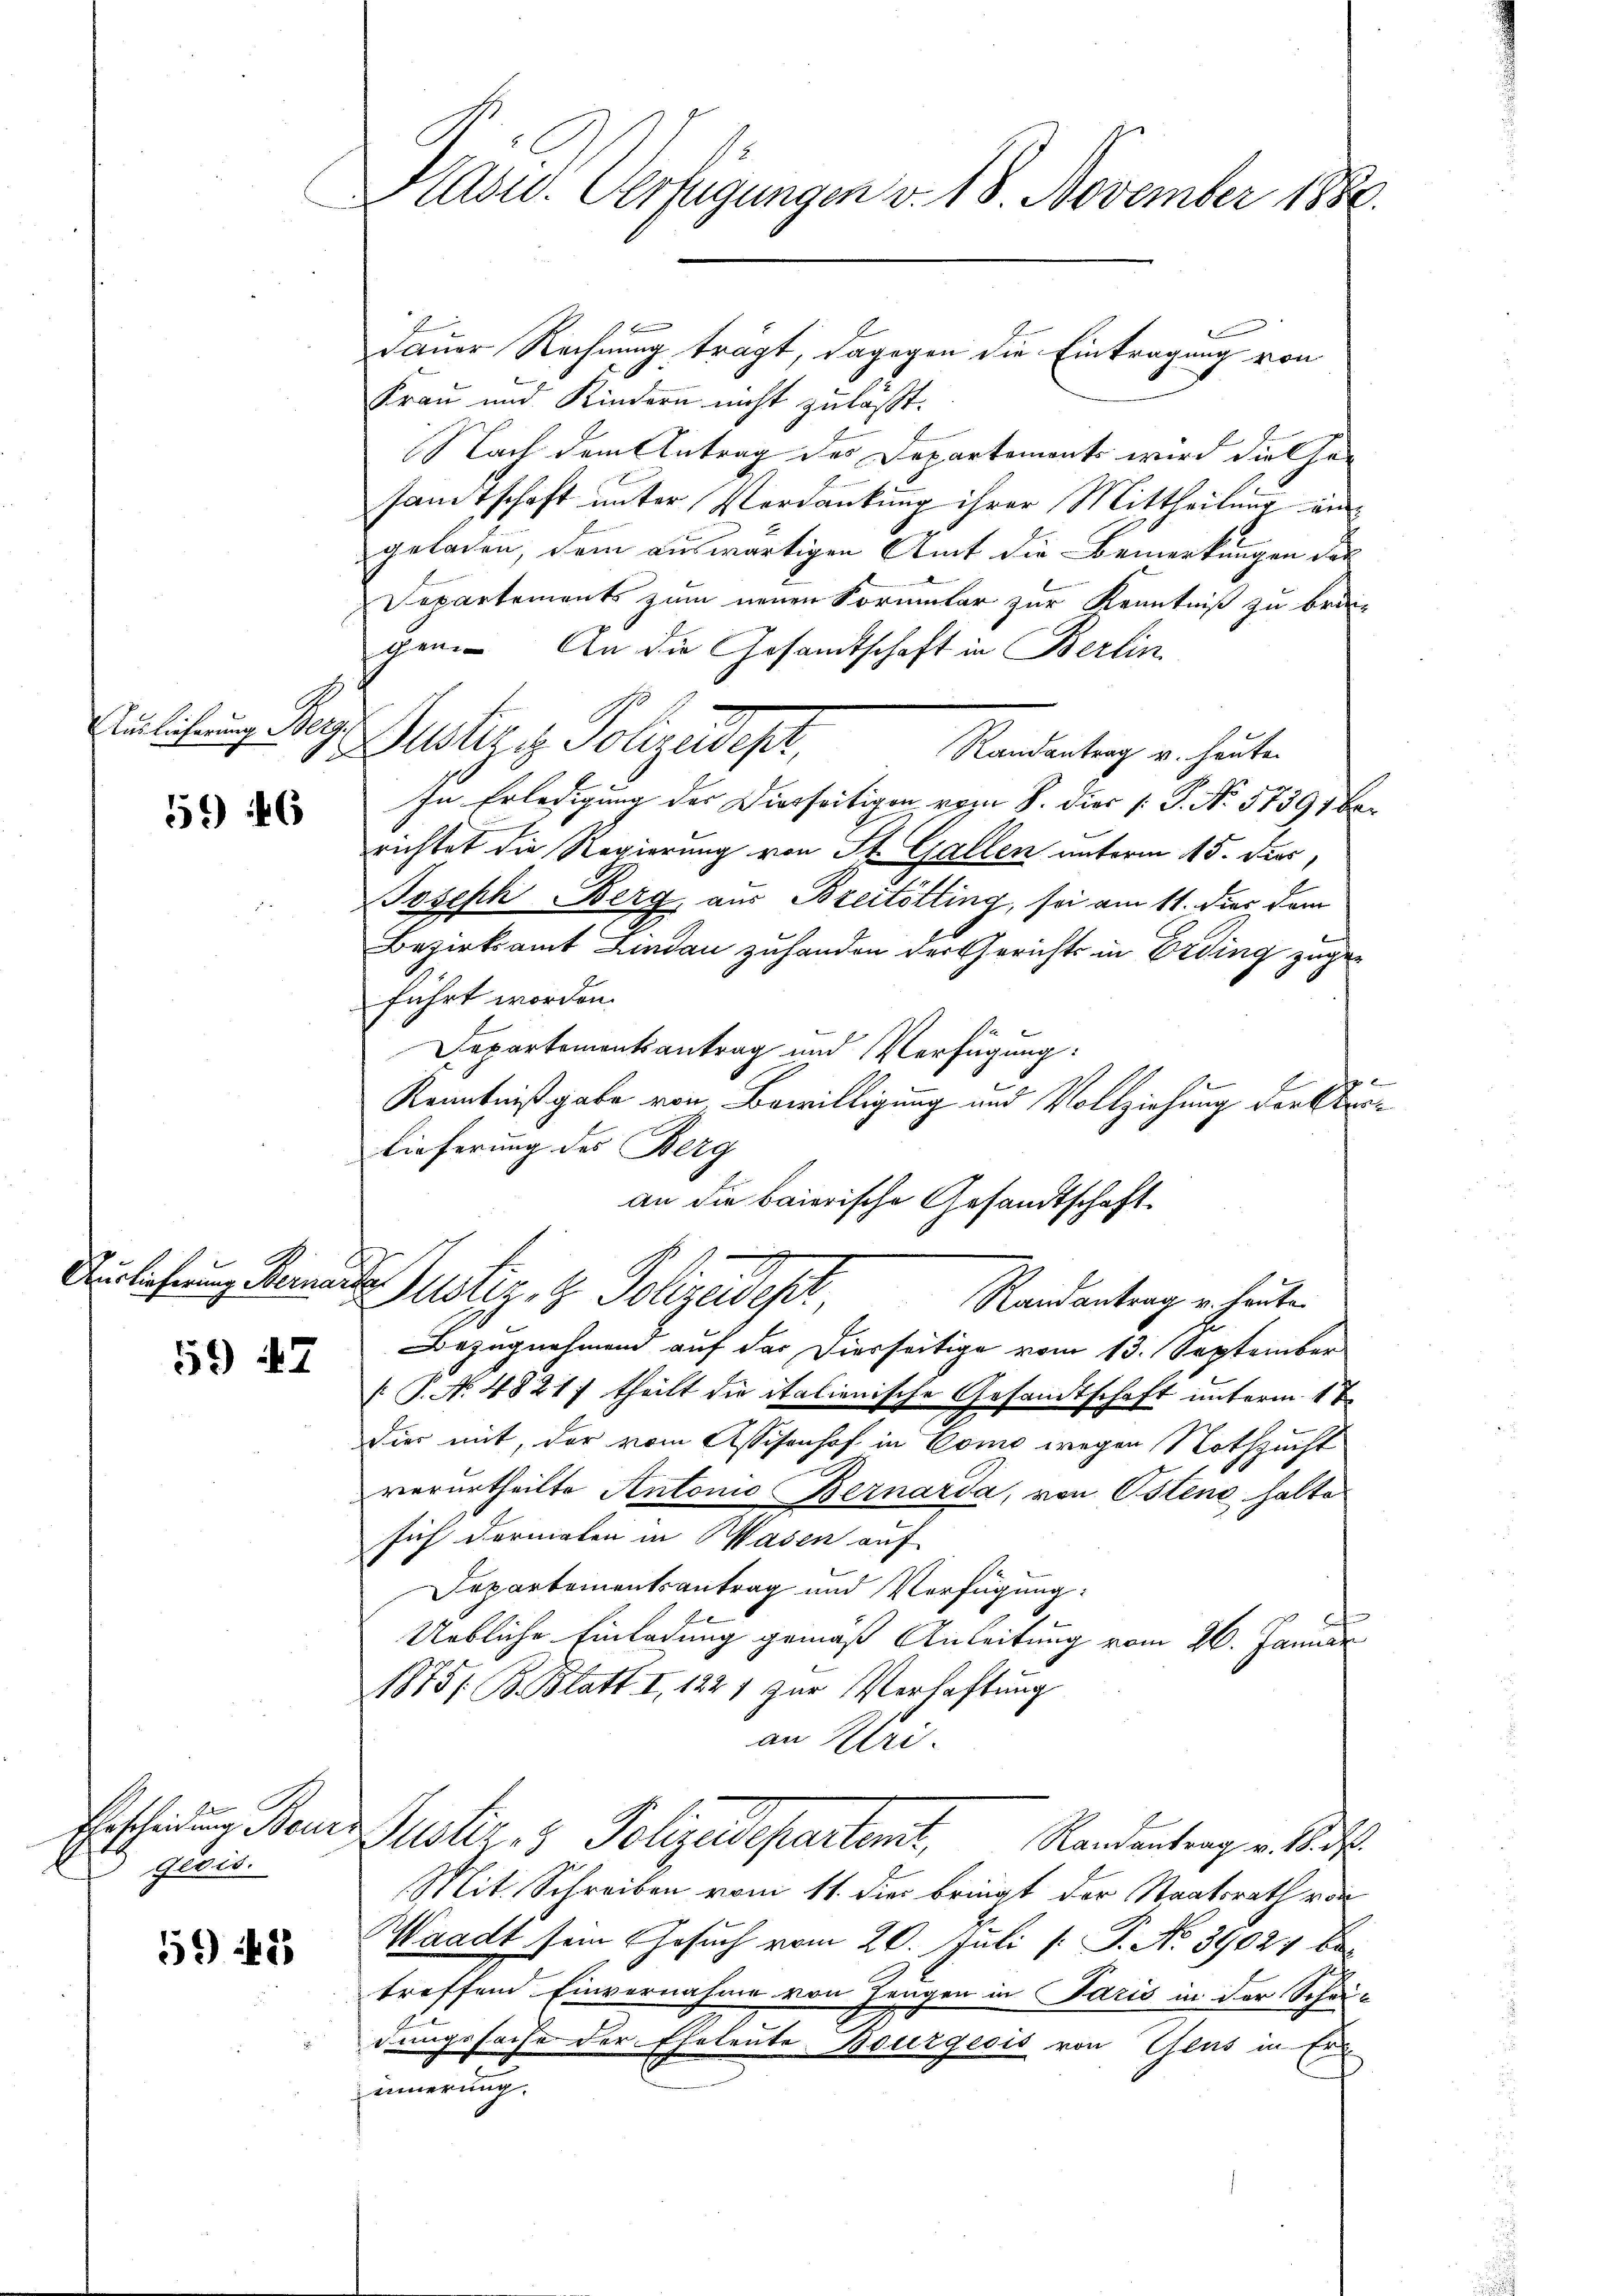
Auslieferung Berg

59 146

59 2

geois.

59 45

Hasid. Verfügungen v. 18. November 1880.

Dauer Rechnung trägt, dagegen die Eintragung von
Frau und Kindern nicht zuläßt.
Nach dem Antrag des Departements wird die Gesandtschaft unter Verdankung ihrer Mittheilung an
geladen, dem auswärtigen Amt die Bemerkungen des
Departements zum neuen Formular zur Kenntniß zu brei-
gen. An die Gesandtschaft in Berlin
Justiges Polizeidepar
Randantrag v. heute
In Erledigung des Diesseitigen vom 8. dies /: P. No. 57391 berichtet die Regierung von St. Gallen unterm 15. ders,
Joseph Berg, aus Breitötting, sei am 11. dies dem
Bezirksamt Lindau zuhanden der Gerichts in Erding zugeführt worden.
e
Departementsantrag und Verfügung:
Kenntnißgabe von Bewilligung und Vollziehung der Stro¬
Lieferung des Berg
an die baierische Gesandtschaft.
Auslichung derat Justiz- & Polizeidest,
Randantrag u. heute
Bezugnehmend auf der Dierseitige vom 13. September
[ P. N. 4821; theilt die italienische Gesandtschaft unterm 1te
dier mit, der vom Assisenhof in Como wegen Nothzucht
verurtheilte Antonio Bernarda, von Ostens halte
sich dermalen in Wasen auf
Departementsantrag und Verfügung:
Uebliche Einladung gemäß Anleitung vom 26. Januar
1875; B. Blatt I 1221 zur Verhaftung
an Uri.
Erscheidung der Justiz- & Polizeidepartent, Randentrag v. St
Mit Schreiben vom 11. die bringt der Staatsrath von
Waadt sein Gesuch vom 20. Juli [ P. No. 39024 be
treffend Einvernahme von Zeugen in Paris in der Schau-
dungssache der Eheleute Bourgeois von Glas in Er
innerung.